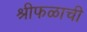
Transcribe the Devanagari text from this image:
श्रीफळाची